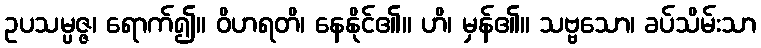
ဥပသမ္ပဇ္ဇ၊ ရောက်၍။ ဝိဟရတိ၊ နေနိုင်၏။ ဟိ၊ မှန်၏။ သဗ္ဗသော၊ ခပ်သိမ်းသာ